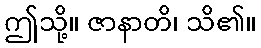
ဤသို့။ ဇာနာတိ၊ သိ၏။